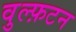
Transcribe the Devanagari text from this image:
वुल्फ़टन